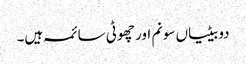
دو بیٹیاں سونم اور چھوٹی سائمہ ہیں۔